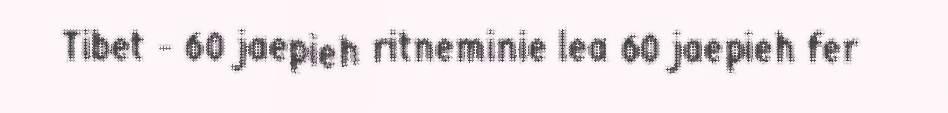
Tibet - 60 jaepieh ritneminie lea 60 jaepieh fer